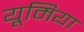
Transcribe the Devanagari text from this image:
यूमिया